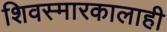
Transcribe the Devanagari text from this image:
शिवस्मारकालाही